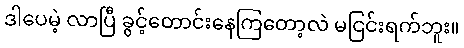
ဒါပေမဲ့ လာပြီ ခွင့်တောင်းနေကြတော့လဲ မငြင်းရက်ဘူး။